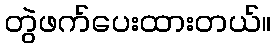
တွဲဖက်ပေးထားတယ်။